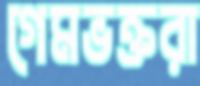
গেমভক্তরা